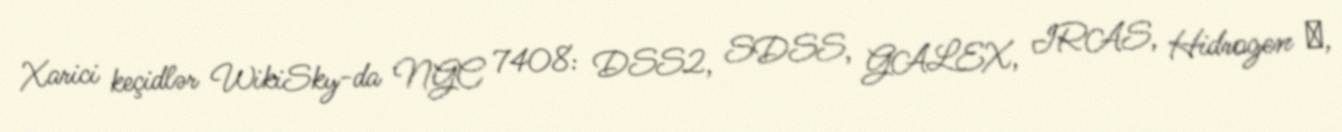
Xarici keçidlər WikiSky-da NGC 7408: DSS2, SDSS, GALEX, IRAS, Hidrogen α,